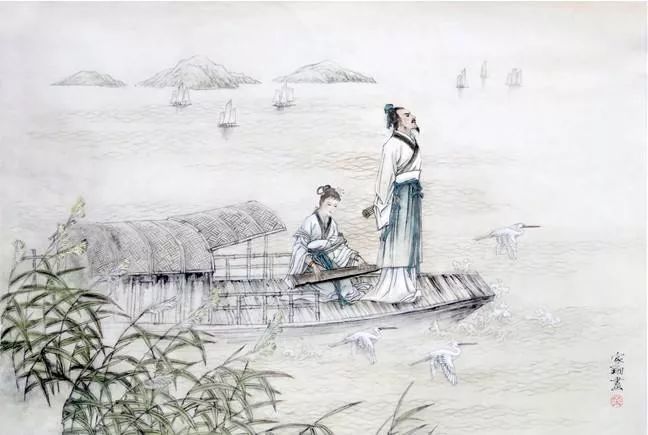
一丈夫兮一丈夫，千生气志是良图。